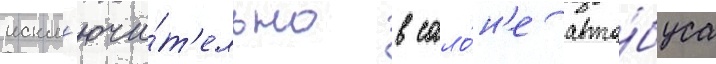
искл'ючи́т'ельно в сало́н'е авто́буса